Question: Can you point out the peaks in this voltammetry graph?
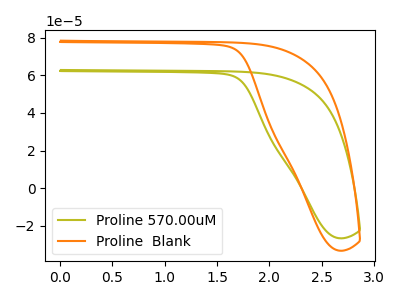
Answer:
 <answer>The olive curve "Proline 570.00uM" has no peaks. The orange curve "Proline  Blank" has no peaks.</answer>
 <eval></eval>